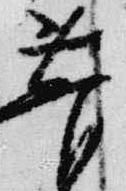
菅